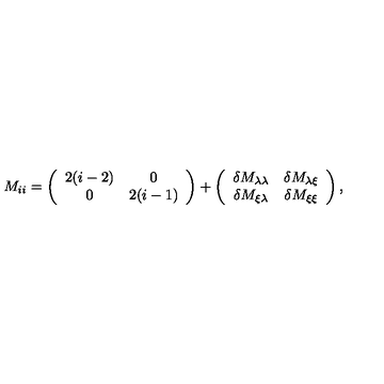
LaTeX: M _ { i i } = \left( \begin{array} { c c } { 2 ( i - 2 ) } & { 0 } \\ { 0 } & { 2 ( i - 1 ) } \\ \end{array} \right) + \left( \begin{array} { c c } { \delta M _ { \lambda \lambda } } & { \delta M _ { \lambda \xi } } \\ { \delta M _ { \xi \lambda } } & { \delta M _ { \xi \xi } } \\ \end{array} \right) ,